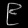
Digit: ၉